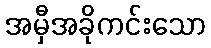
အမှီအခိုကင်းသော